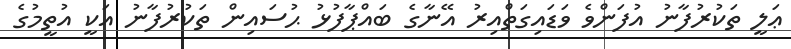
ޢަލީ ތަކުރުފާނު އުފަންވެ ވަޑައިގަތްއިރު އޭނާގެ ބައްޕާފުޅު ޙުސައިން ތަކުރުފާނު އަކީ އުތީމުގެ